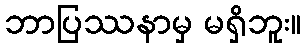
ဘာပြဿနာမှ မရှိဘူး။